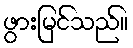
ဖွားမြင်သည်။